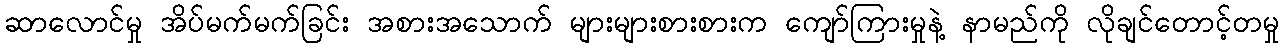
ဆာလောင်မှု အိပ်မက်မက်ခြင်း အစားအသောက် များများစားစားက ကျော်ကြားမှုနဲ့ နာမည်ကို လိုချင်တောင့်တမှု